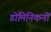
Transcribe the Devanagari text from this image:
डोमिनिकनों